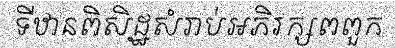
ទីឋានពិសិដ្ឋសំរាប់អភិរក្សពពួក